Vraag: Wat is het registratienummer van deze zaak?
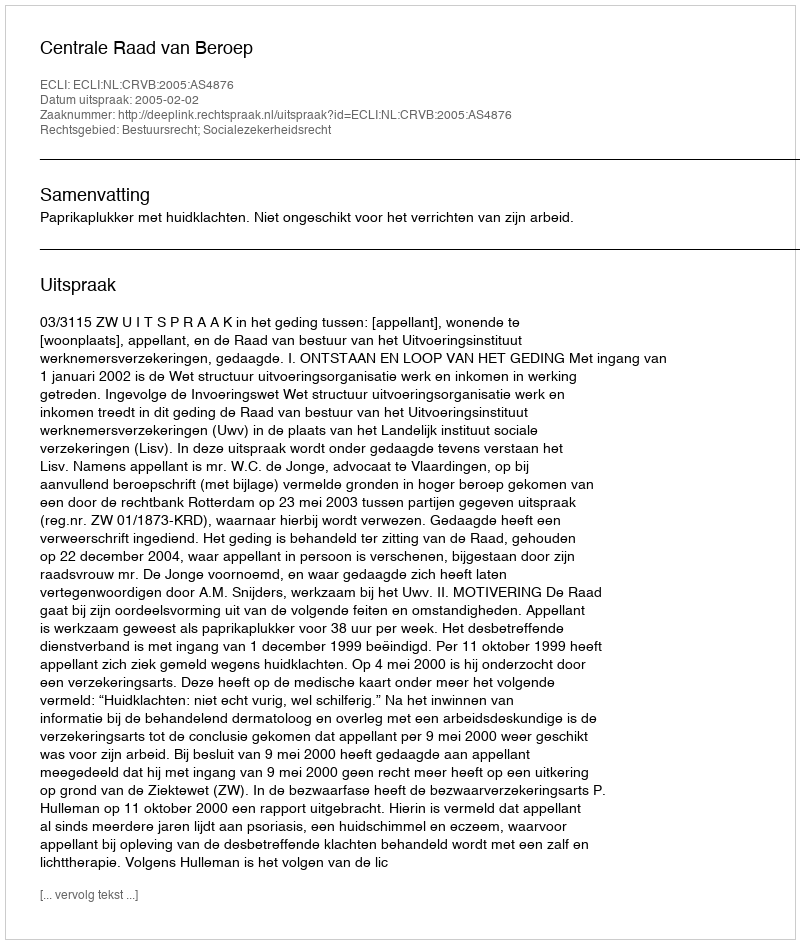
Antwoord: http://deeplink.rechtspraak.nl/uitspraak?id=ECLI:NL:CRVB:2005:AS4876